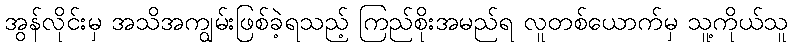
အွန်လိုင်းမှ အသိအကျွမ်းဖြစ်ခဲ့ရသည့် ကြည်စိုးအမည်ရ လူတစ်ယောက်မှ သူ့ကိုယ်သူ